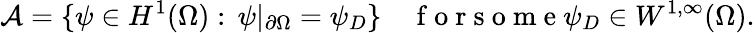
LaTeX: \mathcal A=\{ \psi\in H^{1}(\Omega):\, \psi|_{\partial\Omega}=\psi_{D}\} \quad\mathrm{~f~o~r~s~o~m~e~}\psi_{D}\in W^{1,\infty}(\Omega).